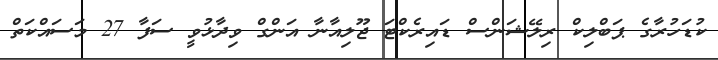
ކުޑަހުރާގެ ޕަބްލިކް ރިލޭޝަންސް ޑައިރެކްޓަ ޖޫލިއާނާ އަންގް ވިދާޅުވީ ސަފާ 27 މަސައްކަތް